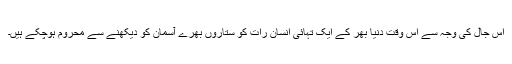
اس جال کی وجہ سے اس وقت دنیا بھر کے ایک تہائی انسان رات کو ستاروں بھرے آسمان کو دیکھنے سے محروم ہوچکے ہیں۔